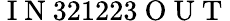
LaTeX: \mathrm{~I~N~}321223\mathrm{~O~U~T~}